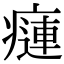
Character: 𤹨